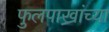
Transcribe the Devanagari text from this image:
फुलपाख्रांच्या